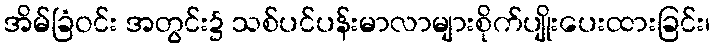
အိမ်ခြံဝင်း အတွင်း၌ သစ်ပင်ပန်းမာလာများစိုက်ပျိုးပေးထားခြင်း၊